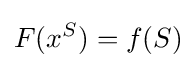
F(x^{S})=f(S)